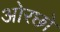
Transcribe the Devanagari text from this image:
ओरछो